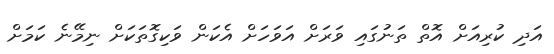
އަދި ކުރިއަށް އޮތް ތަނުގައި ވަރަށް އަވަހަށް އެކަން ވަކިގޮތަކަށް ނިމޭނެ ކަމަށް